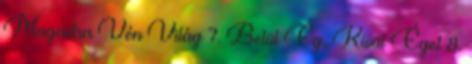
Magadra Vén Világ 7. Belül Ég, Kívül Éget 8.